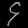
Digit: ၄